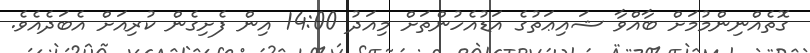
ގޮތެއްނިންމުމަށް ބާއްވާ ޝައިޢަތުގެ އަޑުއެހުންތަށް މިއަދު 14:00 އިން ފެށިގެން ކުރިއަށް އެބަދެއެވެ.